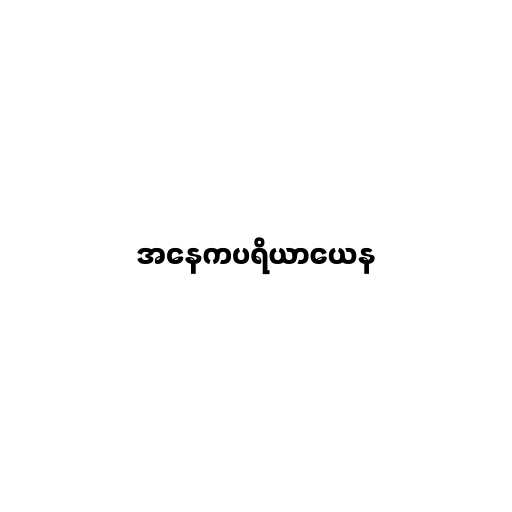
အနေကပရိယာယေန